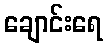
ချောင်းရေ